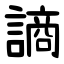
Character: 謪